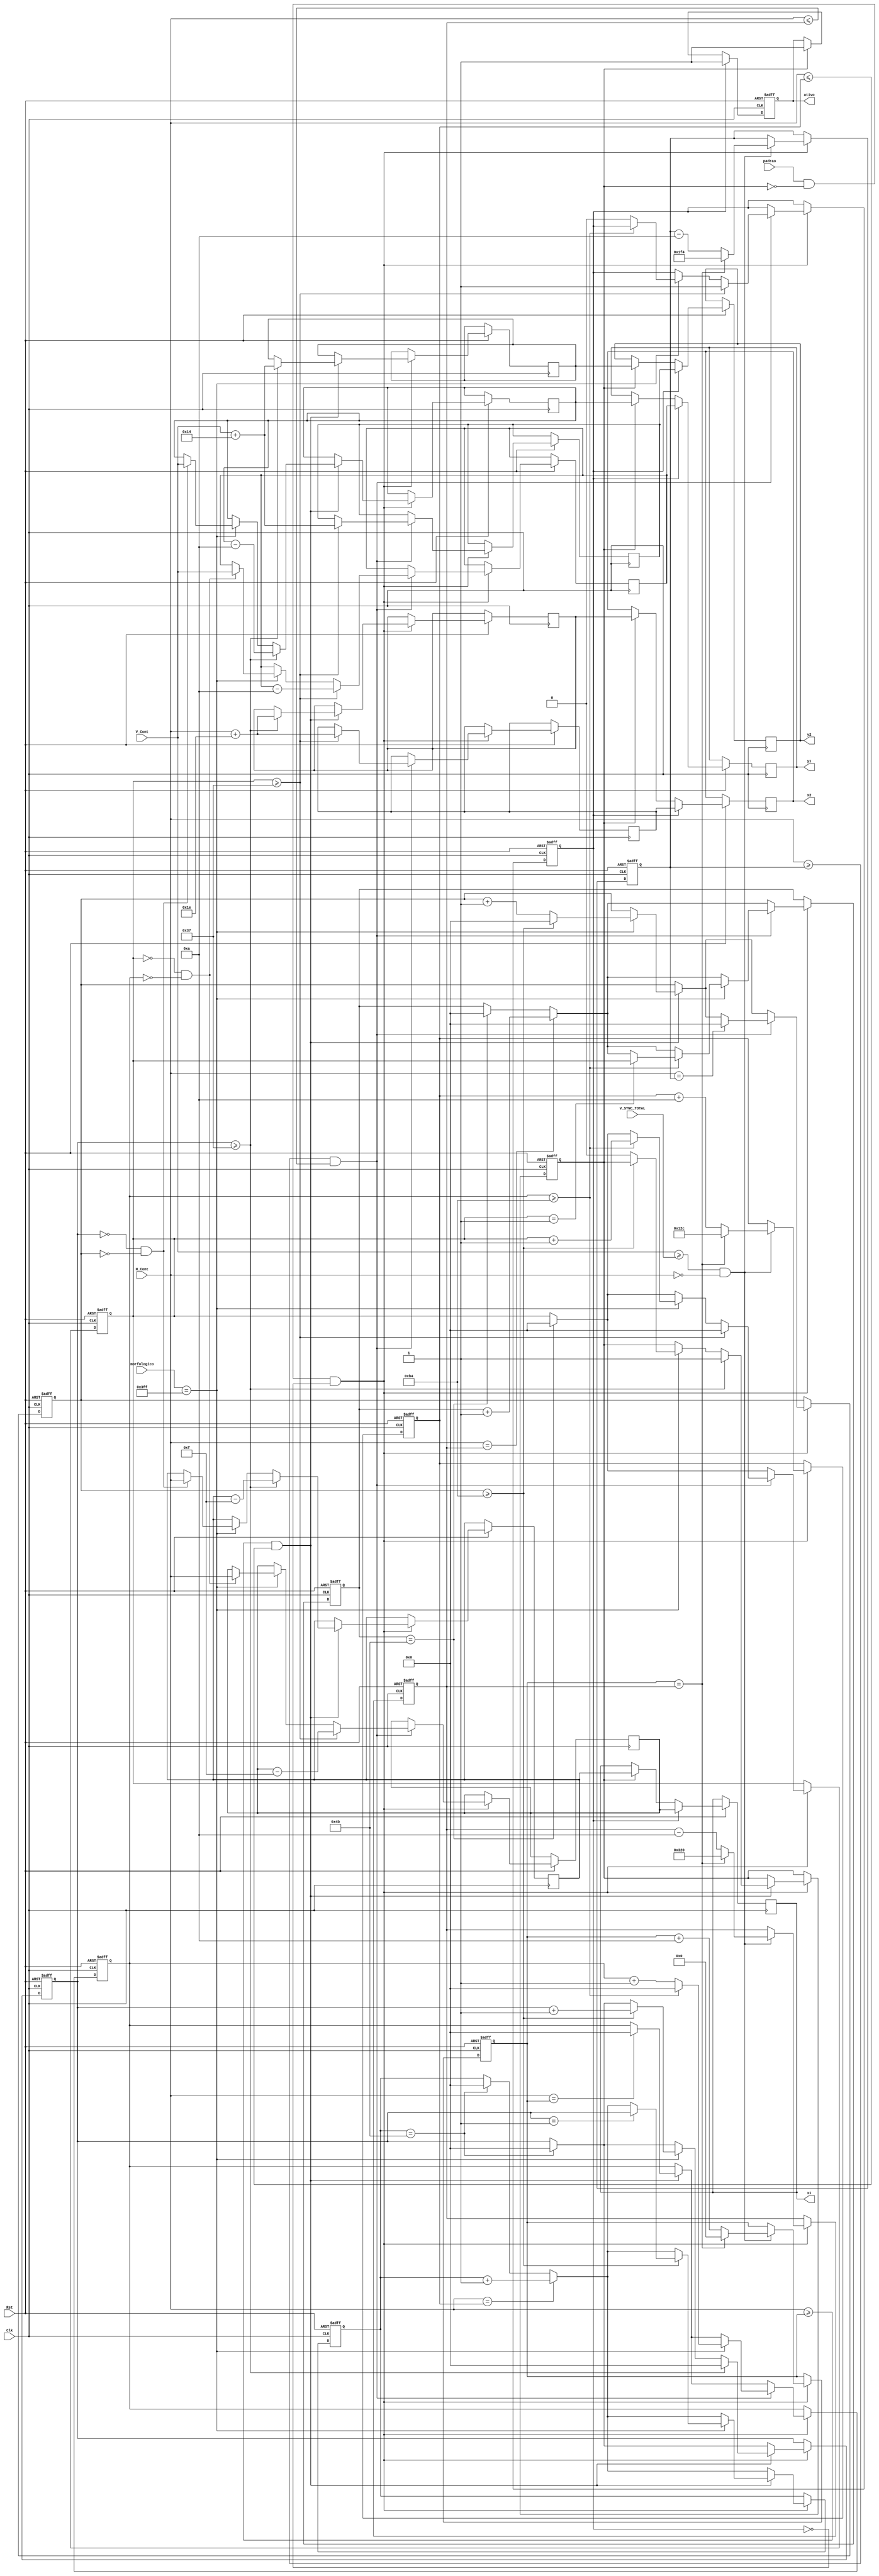
module Verificador(
			Clk,
			Rst,
			morfologico,
			padrao,
			H_Cont,
			V_Cont,
			V_SYNC_TOTAL,
			x1,
			x2,
			y1,
			y2,
			ativo
			);
			
			
input		[12:0]		H_Cont;
input		[12:0]		V_Cont, V_SYNC_TOTAL;
reg [10:0] OkLinha, LinhaCheck, OkLinha2, LinhaCheck2;
reg [10:0] contadorBranco, contadorBranco2;
reg achou, achou2;
input [9:0] morfologico;
input Clk, Rst, padrao;


output reg [12:0] x1, x2, y1, y2;
output reg ativo;

reg [12:0] x1_achou, x2_achou, y1_achou, y2_achou, x1_achou2, x2_achou2, y1_achou2, y2_achou2;
reg [12:0] x1_search, x2_search,x1_search2, x2_search2;

always@(posedge Clk or negedge Rst) begin
		if (!Rst)	begin
				achou <= 1'b0;
				contadorBranco <= 0;
				x1_search <= 0;
				x2_search <= 250;
				OkLinha <= 0;
				LinhaCheck <= 0;
				achou2 <= 1'b0;
				contadorBranco2 <= 0;
				x1_search2 <= 800;
				x2_search2 <= 550;
				OkLinha2 <= 0;
				LinhaCheck2 <= 0;
				ativo = 1'b0;
		end
		else
			begin
				if(padrao == 1'b1 && achou == 1'b0 && achou2 == 1'b0) begin
					if(LinhaCheck == 75)begin
						OkLinha <= 0;
						LinhaCheck <= 0;
					end
					if(LinhaCheck2 == 75) begin
						OkLinha2 <= 0;
						LinhaCheck2 <= 0;
					end				
					if(H_Cont == x2_search)
						LinhaCheck <= LinhaCheck + 1;
					if(H_Cont == x1_search2)
						LinhaCheck2 <= LinhaCheck2 + 1;
					if(H_Cont >= x1_search && H_Cont <= x2_search) begin
						if(H_Cont == x1_search)
								contadorBranco2 <= 0;
						if(morfologico == 10'b1111111111) begin
							if(OkLinha == 0 && contadorBranco == 0) begin
								x1_achou <= H_Cont;
								y1_achou <= V_Cont;
							end
							contadorBranco <= contadorBranco + 1;
							if(contadorBranco >= 180) begin
								contadorBranco <= 0;
								OkLinha <= OkLinha + 1;
								if(OkLinha == 1) 
									LinhaCheck <= OkLinha;
							end
							else
								achou <= 1'b0;
						end
						if(OkLinha >= 55) begin
							x1_achou <= x1_achou - 15;
							y1_achou <= y1_achou - 10;
							x2_achou <= H_Cont + 30;
							y2_achou <= V_Cont + 20;
							OkLinha <= 0;
							achou <= 1'b1;
						end
					end
					if(H_Cont >= x2_search2 && H_Cont <= x1_search2) begin
						if(H_Cont == x2_search2)
								contadorBranco <= 0;
						if(morfologico == 10'b1111111111) begin
							if(OkLinha2 == 0 && contadorBranco2 == 0) begin
								x1_achou2 <= H_Cont;
								y1_achou2 <= V_Cont;
							end
							contadorBranco2 <= contadorBranco2 + 1;
							if(contadorBranco2 >= 180) begin
								contadorBranco2 <= 0;
								OkLinha2 <= OkLinha2 + 1;
								if(OkLinha2 == 1) 
									LinhaCheck2 <= OkLinha2;								
							end
							else
								achou2 <= 1'b0;
						end
						if(OkLinha2 >= 55) begin
							x1_achou2 <= x1_achou2 - 15;
							y1_achou2 <= y1_achou2 - 10;
							x2_achou2 <= H_Cont + 30;
							y2_achou2 <= V_Cont + 20;
							OkLinha2 <= 0;
							achou2 <= 1'b1;
						end
					end
					if(V_Cont >= V_SYNC_TOTAL && H_Cont == 0) begin
						x1_search <= x1_search + 10;
						x2_search <= x2_search + 10;
						x1_search2 <= x1_search2 - 10;
						x2_search2 <= x2_search2 - 10;
						if(x1_search == x1_search2) begin
							x1_search <= 0;
							x2_search <= 300;
							x1_search2 <= 800;
							x2_search2 <= 500;
						end
					end
				end
			if(achou == 1'b1) begin
				x1 <= x1_achou;
				x2 <= x2_achou;
				y1 <= y1_achou;
				y2 <= y2_achou;
				ativo = 1'b1;
			end
			if(achou2 == 1'b1) begin
				x1 <= x1_achou2;
				x2 <= x2_achou2;
				y1 <= y1_achou2;
				y2 <= y2_achou2;
				ativo = 1'b1;
			end			
		end
end
endmodule